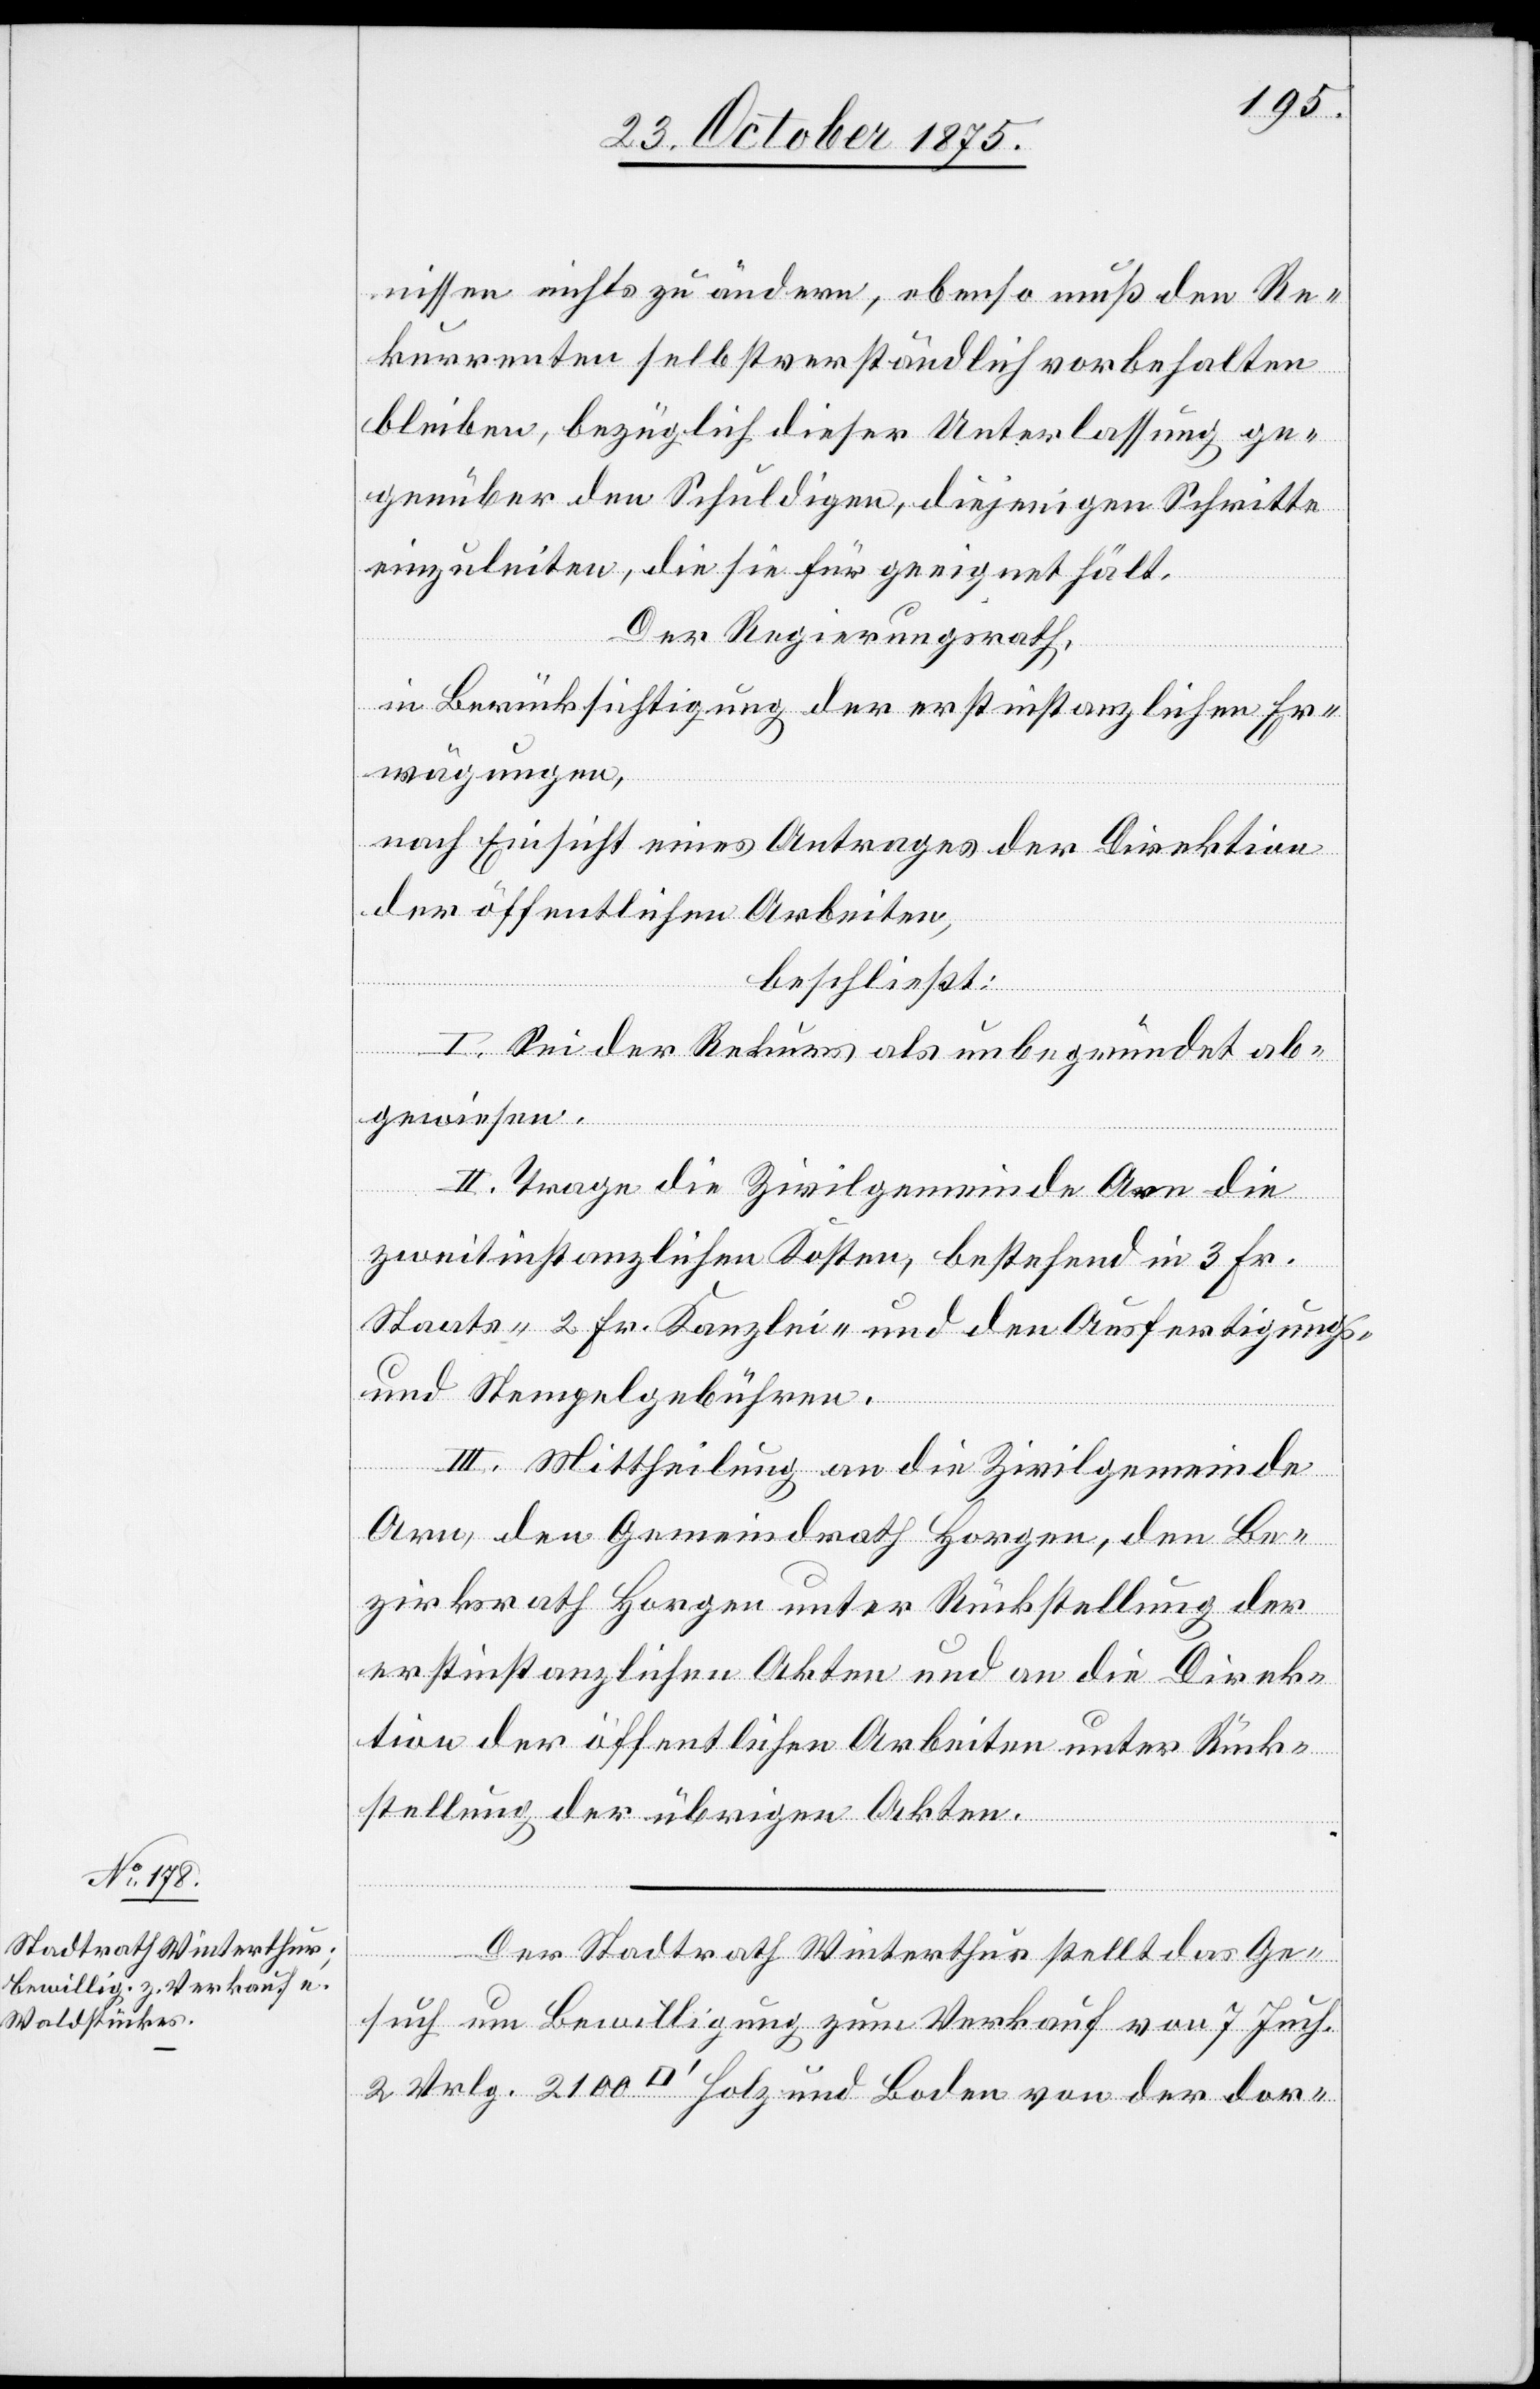
nissen nichts zu ändern, ebenso muß den Re¬
kurrenten selbstverständlich vorbehalten
bleiben, bezüglich dieser Unterlassung ge¬
genüber den Schuldigen, diejenigen Schritte
einzuleiten, die sie für geeignet hält.
Der Regierungsrath,
in Berücksichtigung der erstinstanzlichen Er¬
wägungen,
nach Einsicht eines Antrages der Direktion
der öffentlichen Arbeiten,
beschließt:
I. Sei der Rekurs als unbegründet ab¬
gewiesen.
II. Trage die Zivilgemeinde Arn die
zweitinstanzlichen Kosten, bestehend in 3 Fr.
Staats-[,] 2 Fr. Kanzlei- und den Ausfertigungs-
und Stempelgebühren.
III. Mittheilung an die Zivilgemeinde
Arn, den Gemeindrath Horgen, den Be¬
zirksrath Horgen unter Rückstellung der
erstinstanzlichen Akten und an die Direk¬
tion der öffentlichen Arbeiten unter Rück¬
stellung der übrigen Akten.
Der Stadtrath Winterthur stellt das Ge¬
such um Bewilligung zum Verkauf von 7 Juch.
2 Vrlg. 2100 [Quadratfuß] Holz und Boden von der dor-